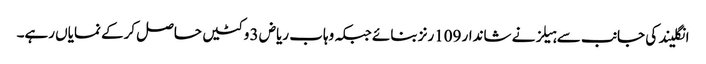
انگلیند کی جانب سے ہیلز نے شاندار 109رنز بنائے جبکہ وہاب ریاض 3 وکٹیں حاصل کرکے نمایاں رہے۔